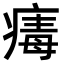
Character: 𤸚